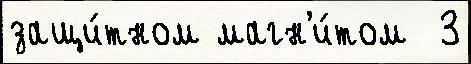
защи́тном магн'и́том  3